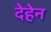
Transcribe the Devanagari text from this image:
देहेन